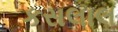
કસલાલ